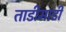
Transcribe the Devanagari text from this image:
ताडीमाडी